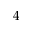
4